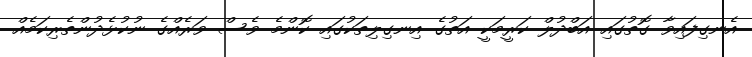
އެނގިފައިވާ ގޮތުގައި އަބްދުލް ކަރީމަކީ އަތުގެ އިނގިލިތަކުގައި ކޮންމެ ވެސް ވަރެއްގެ ނުކުޅެދުންތެރިކަމެއް